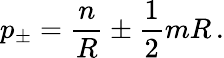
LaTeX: p_{\pm}=\displaystyle\frac{n}{R}\pm\displaystyle\frac{1}{2}mR\, .